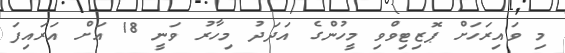
މި ވައިރަހަށް ޕޮޒިޓިވްވި މީހުންގެ އަދަދު މިހާރު ވަނީ 18 އަށް އަރައިފަ